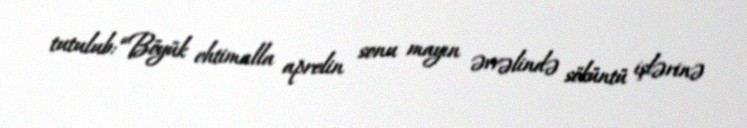
tutulub: “Böyük ehtimalla aprelin sonu mayın əvvəlində söküntü işlərinə